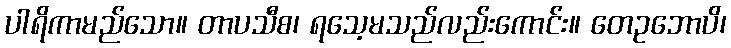
ပါရိကာမည်သော။ တာပသီစ၊ ရသေ့မသည်လည်းကောင်း။ တေဥဘောပိ၊